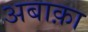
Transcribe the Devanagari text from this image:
अबाक़ा